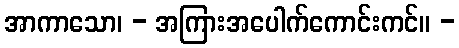
အာကာသော၊ - အကြားအပေါက်ကောင်းကင်။ -